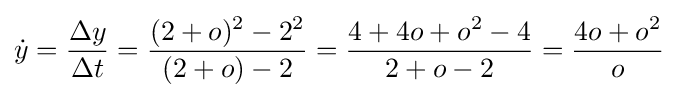
{\dot {y}}={\frac {\Delta y}{\Delta t}}={\frac {(2+o)^{2}-2^{2}}{(2+o)-2}}={\frac {4+4o+o^{2}-4}{2+o-2}}={\frac {4o+o^{2}}{o}}